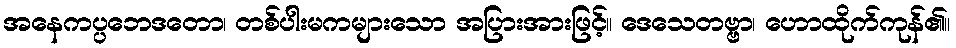
အနေကပ္ပဘေဒတော၊ တစ်ပါးမကများသော အပြားအားဖြင့်။ ဒေသေတဗ္ဗာ၊ ဟောထိုက်ကုန်၏။